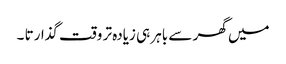
میں گھر سے باہر ہی زیادہ تر وقت گذارتا ۔